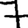
Digit: 7